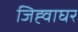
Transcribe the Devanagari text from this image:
जिह्वाघर